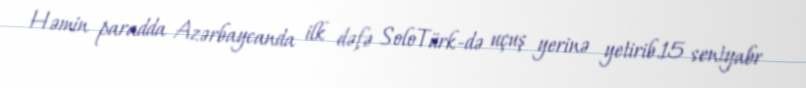
Həmin paradda Azərbaycanda ilk dəfə SoloTürk-də uçuş yerinə yetirib.15 sentyabr